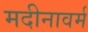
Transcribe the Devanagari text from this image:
मदीनावर्म